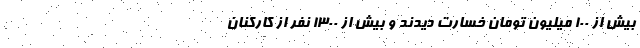
بیش از ۱۰۰ میلیون تومان خسارت دیدند و بیش از ۱۳۰۰ نفر از کارکنان